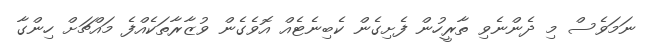
ނަމަވެސް މި ދެންނެވި ތާރީހުން ފެށިގެން ކެބިނެޓެއް އޮވެގެން ވުޒާރާތަކެއްފެ މައްޗަށް ހިންގާ